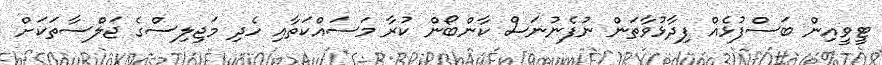
ޓީވީއިން ބަސްފުޅެއް ފިދާޅުވާތަން ނުފެނުނަސް ކާންބޯން ކުރާ މަސައްކަތާއި ހެދި މަޖިލިސްގެ ޖަލްސާތަކަށް